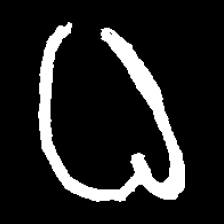
Pyu character \u2014 Myanmar letter: ဓ (romanized: dha)